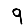
Digit: 9